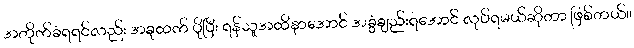
အတိုက်ခံရရင်လည်း အခုထက် ပိုပြီး ရန်သူအထိနာအောင် အခွံချည်းရအောင် လုပ်ရမယ်ဆိုတာ ဖြစ်တယ်။